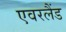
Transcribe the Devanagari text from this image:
एवरलैंड